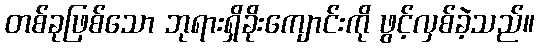
တစ်ခုဖြစ်သော ဘုရားရှိခိုးကျောင်းကို ဖွင့်လှစ်ခဲ့သည်။